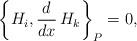
LaTeX: \begin{align*}\left\{ H_i , \frac{d}{d x} \, H_k \right\}_P = 0,\end{align*}